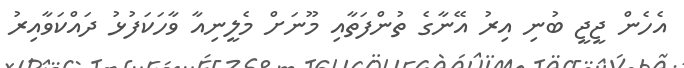
އެހެން ޖީޖީ ބުނި އިރު އޭނާގެ ތުންފަތާއި މޫނަށް މެލީނިއާ ވާހަކަފުޅު ދައްކަވާއިރު